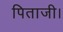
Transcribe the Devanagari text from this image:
पिताजी।